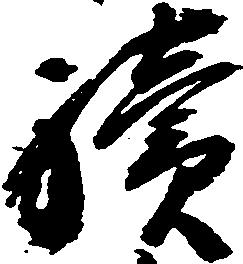
続